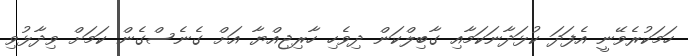
ހަމަކުރެވޭނީ އެފަދަ ކުޅަދާނަކަމާއި ގާބިލްކަން ދިވެހި ހާރިޖިއްޔާ އަށް ގެނެސްގެން ކަމަށް ވިދާޅުވި